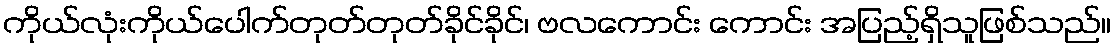
ကိုယ်လုံးကိုယ်ပေါက်တုတ်တုတ်ခိုင်ခိုင်၊ ဗလကောင်း ကောင်း အပြည့်ရှိသူဖြစ်သည်။